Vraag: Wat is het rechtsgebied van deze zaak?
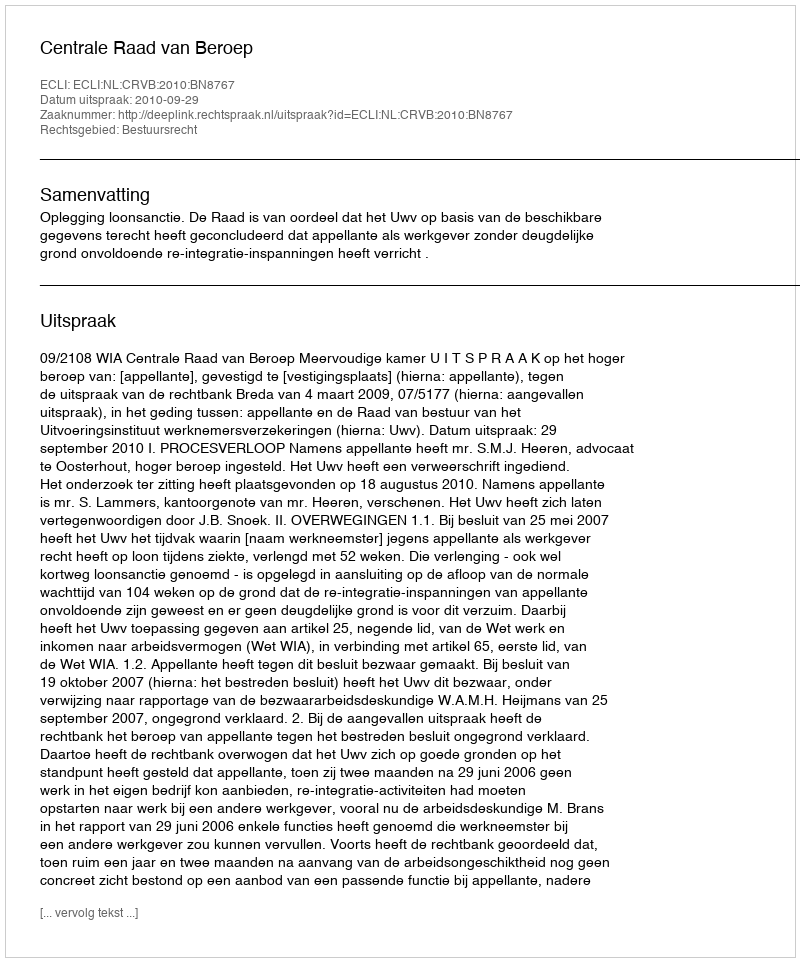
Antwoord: Bestuursrecht